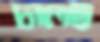
ঢালছ